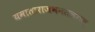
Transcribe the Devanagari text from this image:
यमाताराजभनसलगम्